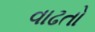
વાઢતો